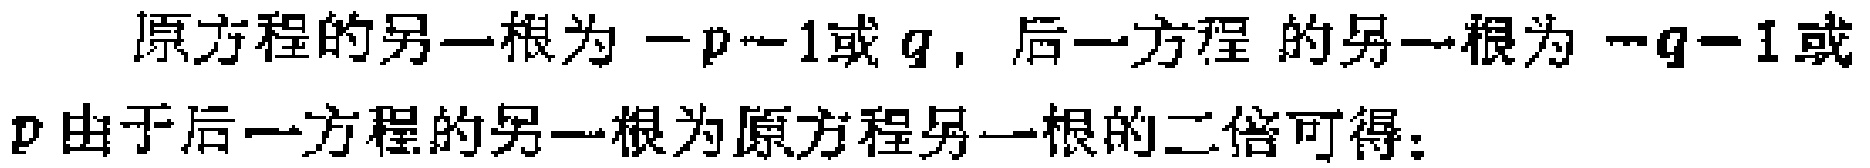
原方程的另一根为\(-p - 1\)或\(q\)，后一方程 的另一根为\(-q - 1\)或\(p\)由于后一方程的另一根为原方程另一根的二倍可得：